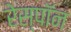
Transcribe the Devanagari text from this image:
रेस्पॉन